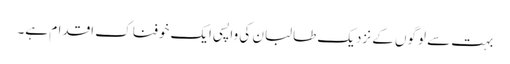
بہت سے لوگوں کے نزدیک طالبان کی واپسی ایک خوفناک اقدام ہے۔